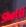
shetti